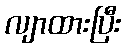
လျာထားပြီး